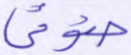
ضوئي